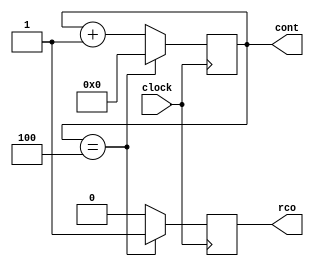
module counter(clock, rco, cont);
    
    input wire clock;
    output reg[3:0] cont;
    output reg rco;
    
    initial cont = 4'b0000;
    parameter max = 4'b0100;
    
    always @(posedge clock) begin 
    
        if (cont == max) begin
        
            cont <= 4'b0000;
            rco <= 1;
            
        end else begin 
        
            cont <= cont + 1;
            rco <= 0;
            
        end
        
    end
    
endmodule